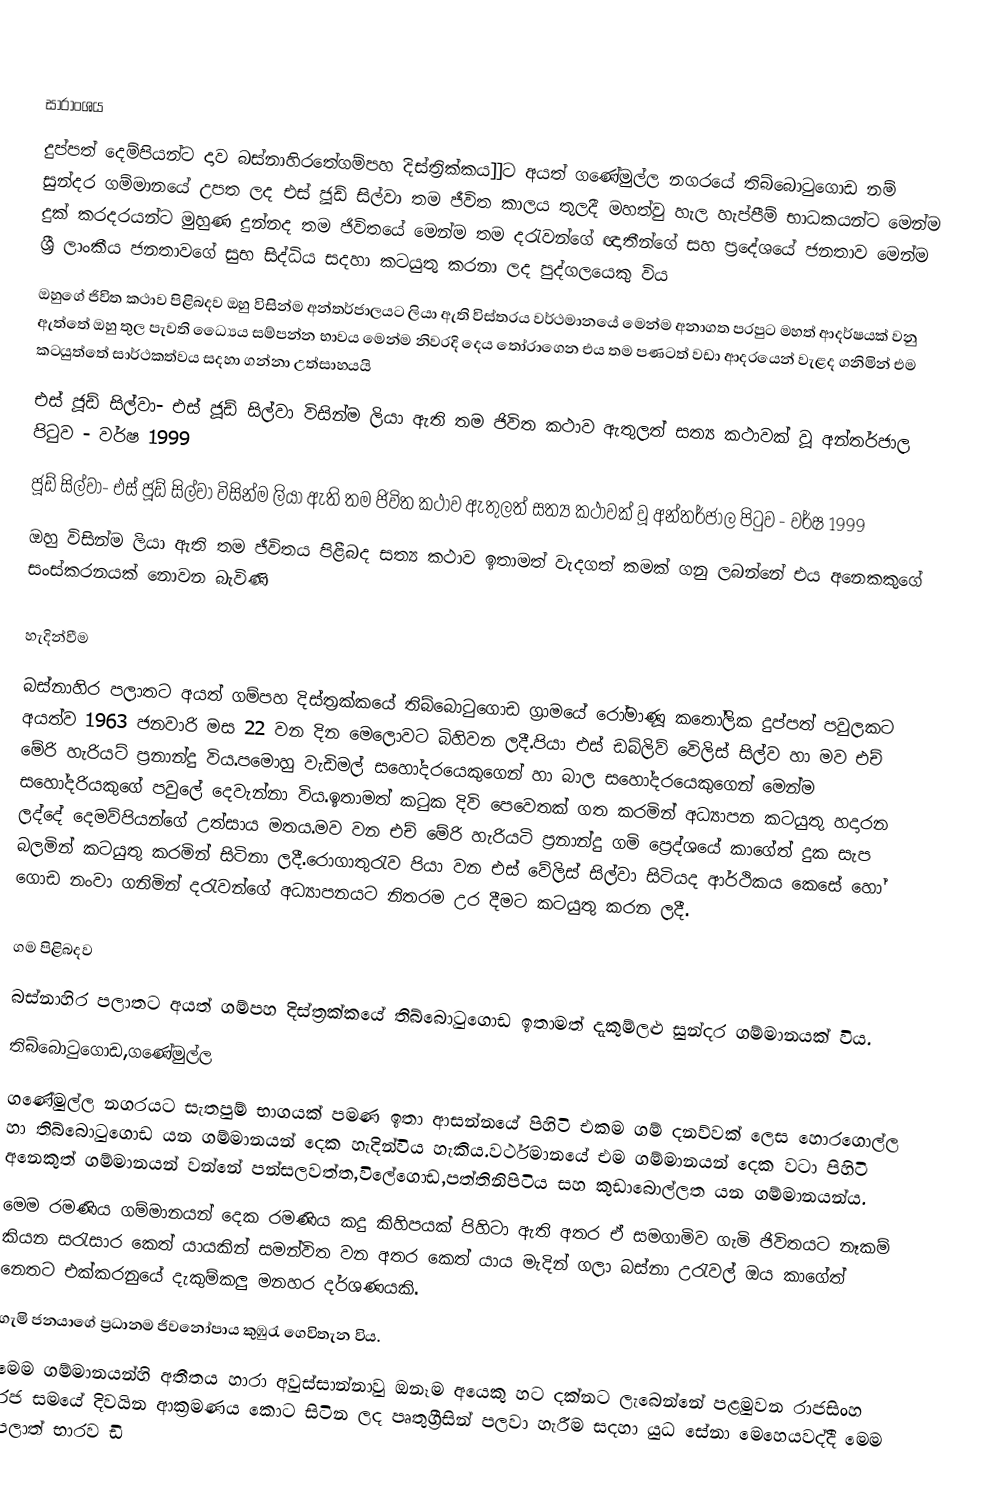

සාරාංශය
දුප්පත් දෙම්පියන්ට දාව බස්නාහිරතේගම්පහ දිස්ත්‍රික්කය]]ට අයත් ගණේමුල්ල නගරයේ තිබ්බොටුගොඩ නම් සුන්දර ගම්මානයේ උපත ලද එස් ජූඩ් සිල්වා තම ජීවිත කාලය තුලදී මහත්වු හැල හැප්පීම් භාධකයන්ට මෙන්ම දුක් කරදරයන්ට මුහුණ දුන්නද තම ජිවිතයේ මෙන්ම තම දරැවන්ගේ ඥාතීන්ගේ සහ ප්‍රදේශයේ ජනතාව මෙන්ම ශ්‍රී ලාංකීය ජනතාවගේ සුභ සිද්ධිය සදහා කටයුතු කරනා ලද පුද්ගලයෙකු විය
ඔහුගේ ජිවිත කථාව පිළිබදව ඔහු විසින්ම අන්තර්ජාලයට ලියා ඇති විස්තරය වර්ථමානයේ මෙන්ම අනාගත පරපුට මහත් ආදර්ෂයක් වනු ඇත්තේ ඔහු තුල පැවති ධ්‍යෛය සම්පන්න භාවය මෙන්ම නිවරදි දෙය තෝරාගෙන එය තම පණටත්  වඩා ආදරයෙන් වැළද ගනිමින් එම කටයුත්තේ සාර්ථකත්වය සදහා ගන්නා උත්සාහයයි
 එස් ජූඩ් සිල්වා- එස් ජූඩ් සිල්වා විසින්ම ලියා ඇති තම ජිවිත කථාව ඇතුලත් සත්‍ය කථාවක් වූ අන්තර්ජාල පිටුව -  වර්ෂ 1999
 ජූඩ් සිල්වා- එස් ජූඩ් සිල්වා විසින්ම ලියා ඇති තම ජිවිත කථාව ඇතුලත් සත්‍ය කථාවක් වූ අන්තර්ජාල පිටුව -  වර්ෂ 1999
ඔහු විසින්ම ලියා ඇති තම ජීවිතය පිළීබද සත්‍ය කථාව ඉතාමත් වැදගත් කමක් ගනු ලබන්නේ එය අනෙකකුගේ සංස්කරනයක් නොවන බැවිණි

හැදින්වීම
බස්නාහිර පලාතට අයත් ගම්පහ දිස්ත්‍රක්කයේ තිබ්බොටුගොඩ ග්‍රාමයේ රෝමාණූ කතෝලික දුප්පත් පවුලකට අයත්ව 1963 ජනවාරි මස 22 වන දින  මෙලොවට බිහිවන ලදී.පියා එස් ඩබ්ලිව් වෙිලිස් සිල්ව හා මව එච් මේරි හැරියට් ප්‍රනාන්දු විය.පමොහු වැඩිමල් සහෝදරයෙකුගෙන් හා බාල සහෝදරයෙකුගෙන් මෙන්ම සහෝදරියකුගේ පවුලේ දෙවැන්නා විය.ඉතාමත් කටුක දිවි පෙවෙතක් ගත කරමින් අධ්‍යාපන කටයුතු හදාරන ලද්දේ දෙමව්පියන්ගේ උත්සාය මතය.මව වන එච් මේරි හැරියටි ප්‍රනාන්දු ගමි ප්‍රෙද්ශයේ කාගේත් දුක සැප බලමින් කටයුතු කරමින් සිටිනා ලදී.රොගාතුරැව පියා වන එස් වේලිස් සිල්වා සිටියද ආර්ථිකය කෙසේ හෝ ගොඩ නංවා ගනිමින් දරැවන්ගේ අධ්‍යාපනයට නිතරම උර දීමට කටයුතු කරන ලදී.

ගම පිළිබදව
බස්නාහිර පලාතට අයත් ගම්පහ දිස්ත්‍රක්කයේ තිබ්බොටුගොඩ ඉතාමත් දැකුම්ලළු සුන්දර ගම්මානයක් විය.
තිබ්බොටුගොඩ,ගණේමුල්ල
ගණේමුල්ල නගරයට සැතපුම් භාගයක් පමණ ඉතා ආසන්නයේ පිහිටි එකම ගම් දනව්වක් ලෙස හොරගොල්ල හා තිබ්බොටුගොඩ යන ගම්මානයන් දෙක හැදින්විය හැකිය.වර්ථමානයේ එම ගම්මානයන් දෙක වටා පිහිටි අනෙකුත් ගම්මානයන් වන්නේ පන්සලවත්ත,විලේගොඩ,පත්තිනිපිටිය සහ කුඩාබොල්ලත යන ගම්මානයන්ය.
මෙම රමණිය ගම්මානයන්  දෙක රමණිය කදු කිහිපයක් පිහිටා ඇති අතර ඒ සමගාමිව ගැමි ජිවිතයට නෑකම් කියන සරැසාර කෙත් යායකින් සමන්විත වන අතර කෙත් යාය මැදින් ගලා බස්නා උරැවල් ඔය කාගේත් නෙතට එක්කරනුයේ දැකුම්කලු මනහර දර්ශණයකි.
ගැමි ජනයාගේ ප්‍රධානම ජිවනෝපාය කුඹුරැ ගෙවිතැන විය.
මෙම ගම්මානයන්හි අතීතය හාරා අවුස්සාන්නාවු ඔනෑම අයෙකු හට දක්නට ලැබෙන්නේ පළමුවන රාජසිංහ රජ සමයේ  දිවයින ආක්‍රමණය කොට සිටින ලද පෘතුග්‍රීසින් පලවා හැරීම සදහා යුධ සේනා මෙහෙයවද්දී මෙම පලාත් භාරව ඩි